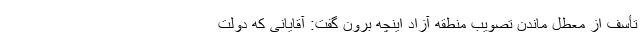
تأسف از معطل ماندن تصویب منطقه آزاد اینچه برون گفت: آقایانی که دولت